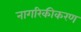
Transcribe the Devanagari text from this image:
नागरिकीकरण